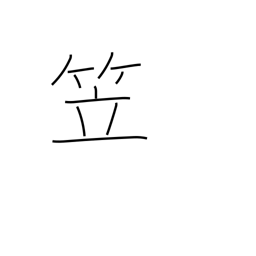
Meaning: bamboo hat